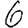
Digit: 6